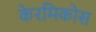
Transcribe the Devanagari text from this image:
केरमिकोस